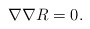
\begin{align*}\nabla \nabla R = 0 .\end{align*}